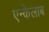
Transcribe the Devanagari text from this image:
एन्केलाब